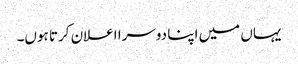
یہاں میں اپنا دوسرا اعلان کرتا ہوں۔